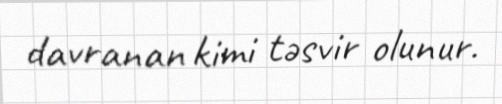
davranan kimi təsvir olunur.